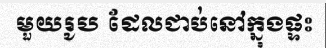
មួយរូប ដែលជាប់នៅក្នុងផ្ទះ